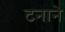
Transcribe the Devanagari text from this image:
टनाने